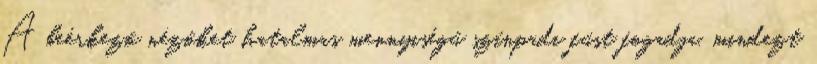
A beérkező nézőket hatalmas mennyiségű színpadi füst fogadja, mindezt